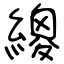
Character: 繌